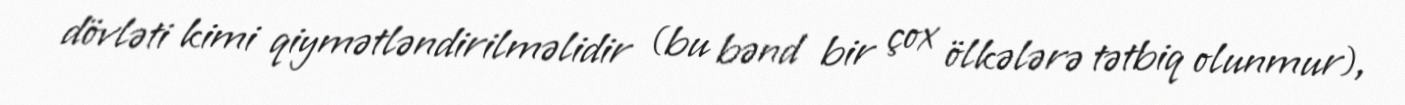
dövləti kimi qiymətləndirilməlidir (bu bənd bir çox ölkələrə tətbiq olunmur),